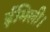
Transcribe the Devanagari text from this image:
ईमिली।